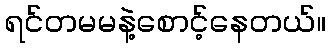
ရင်တမမနဲ့စောင့်နေတယ်။